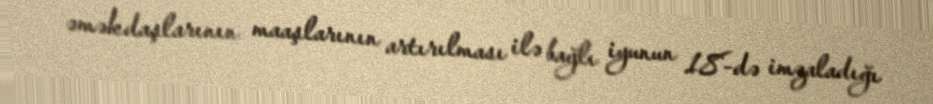
əməkdaşlarının maaşlarının artırılması ilə bağlı iyunun 18-də imzaladığı